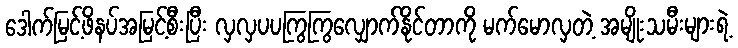
ဒေါက်မြင့်ဖိနပ်အမြင့်စီးပြီး လှလှပပကြွကြွလျှောက်နိုင်တာကို မက်မောလှတဲ့ အမျိုးသမီးများရဲ့